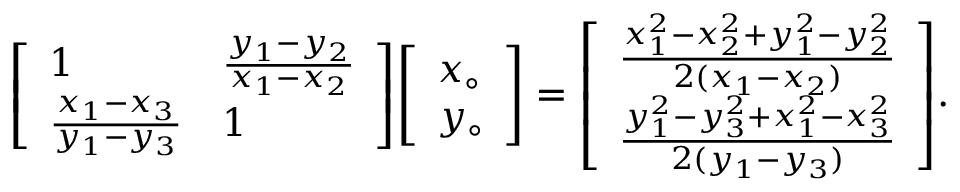
{ \left[ \begin{array} { l l } { 1 } & { { \frac { y _ { 1 } - y _ { 2 } } { x _ { 1 } - x _ { 2 } } } } \\ { { \frac { x _ { 1 } - x _ { 3 } } { y _ { 1 } - y _ { 3 } } } } & { 1 } \end{array} \right] } { \left[ \begin{array} { l } { x _ { \circ } } \\ { y _ { \circ } } \end{array} \right] } = { \left[ \begin{array} { l } { { \frac { x _ { 1 } ^ { 2 } - x _ { 2 } ^ { 2 } + y _ { 1 } ^ { 2 } - y _ { 2 } ^ { 2 } } { 2 ( x _ { 1 } - x _ { 2 } ) } } } \\ { { \frac { y _ { 1 } ^ { 2 } - y _ { 3 } ^ { 2 } + x _ { 1 } ^ { 2 } - x _ { 3 } ^ { 2 } } { 2 ( y _ { 1 } - y _ { 3 } ) } } } \end{array} \right] } .